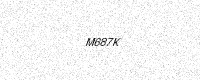
Text: M687K